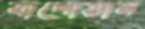
বাগোয়ান